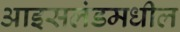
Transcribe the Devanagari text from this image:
आइसलंडमधील